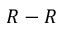
R - R